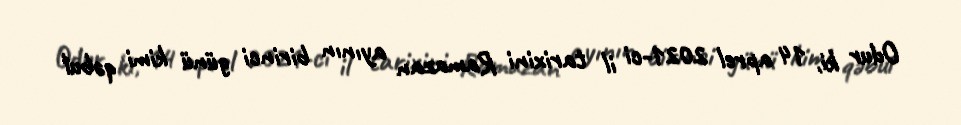
Odur ki, 14 aprel 2021-ci il tarixini Ramazan ayının birinci günü kimi qəbul